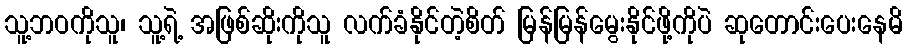
သူ့ဘဝကိုသူ၊ သူ့ရဲ့ အဖြစ်ဆိုးကိုသူ လက်ခံနိုင်တဲ့စိတ် မြန်မြန်မွေးနိုင်ဖို့ကိုပဲ ဆုတောင်းပေးနေမိ